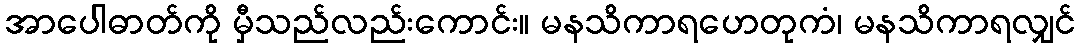
အာပေါဓာတ်ကို မှီသည်လည်းကောင်း။ မနသိကာရဟေတုကံ၊ မနသိကာရလျှင်